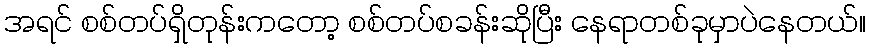
အရင် စစ်တပ်ရှိတုန်းကတော့ စစ်တပ်စခန်းဆိုပြီး နေရာတစ်ခုမှာပဲနေတယ်။